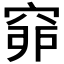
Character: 𥥺